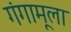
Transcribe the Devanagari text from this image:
गंगामूला